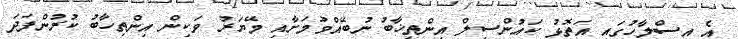
އެ އިސްލާހުގައި އަތޮޅު ކައުންސިލް އިންތިޚާބު ނުބޭއްވުމަށާއި މޭޔަރު ވަކިން އިންތިހާބު ކުރުންފަދަ